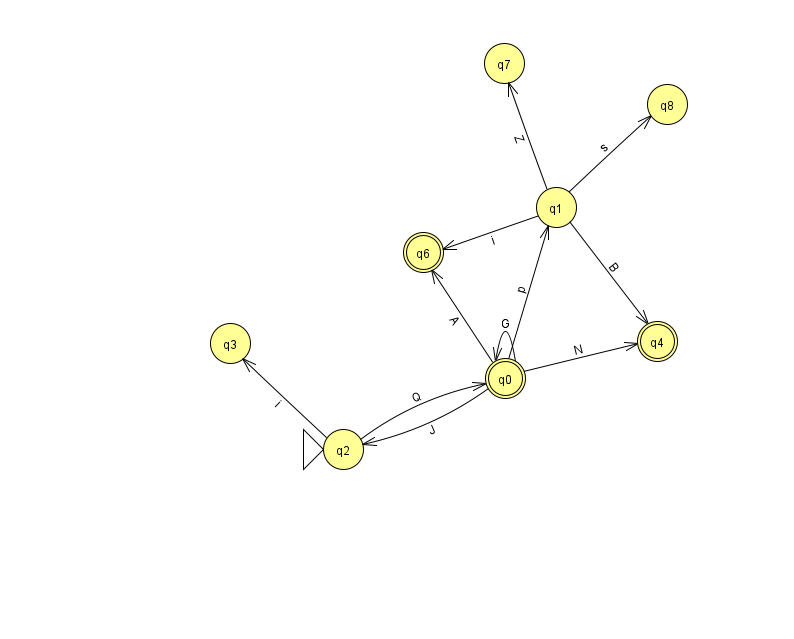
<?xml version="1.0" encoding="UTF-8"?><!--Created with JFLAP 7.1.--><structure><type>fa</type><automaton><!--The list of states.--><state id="0" name="q0"><x>505.0</x><y>365.0</y><final/></state><state id="1" name="q1"><x>556.0</x><y>194.0</y></state><state id="2" name="q2"><x>343.0</x><y>436.0</y><initial/></state><state id="3" name="q3"><x>230.0</x><y>330.0</y></state><state id="4" name="q4"><x>657.0</x><y>328.0</y><final/></state><state id="6" name="q6"><x>423.0</x><y>239.0</y><final/></state><state id="7" name="q7"><x>504.0</x><y>50.0</y></state><state id="8" name="q8"><x>667.0</x><y>91.0</y></state><!--The list of transitions.--><transition><from>0</from><to>2</to><read>J</read></transition><transition><from>0</from><to>4</to><read>N</read></transition><transition><from>1</from><to>8</to><read>s</read></transition><transition><from>2</from><to>3</to><read>i</read></transition><transition><from>0</from><to>0</to><read>G</read></transition><transition><from>1</from><to>4</to><read>B</read></transition><transition><from>1</from><to>7</to><read>Z</read></transition><transition><from>0</from><to>1</to><read>p</read></transition><transition><from>2</from><to>0</to><read>Q</read></transition><transition><from>1</from><to>6</to><read>i</read></transition><transition><from>0</from><to>6</to><read>A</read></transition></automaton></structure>